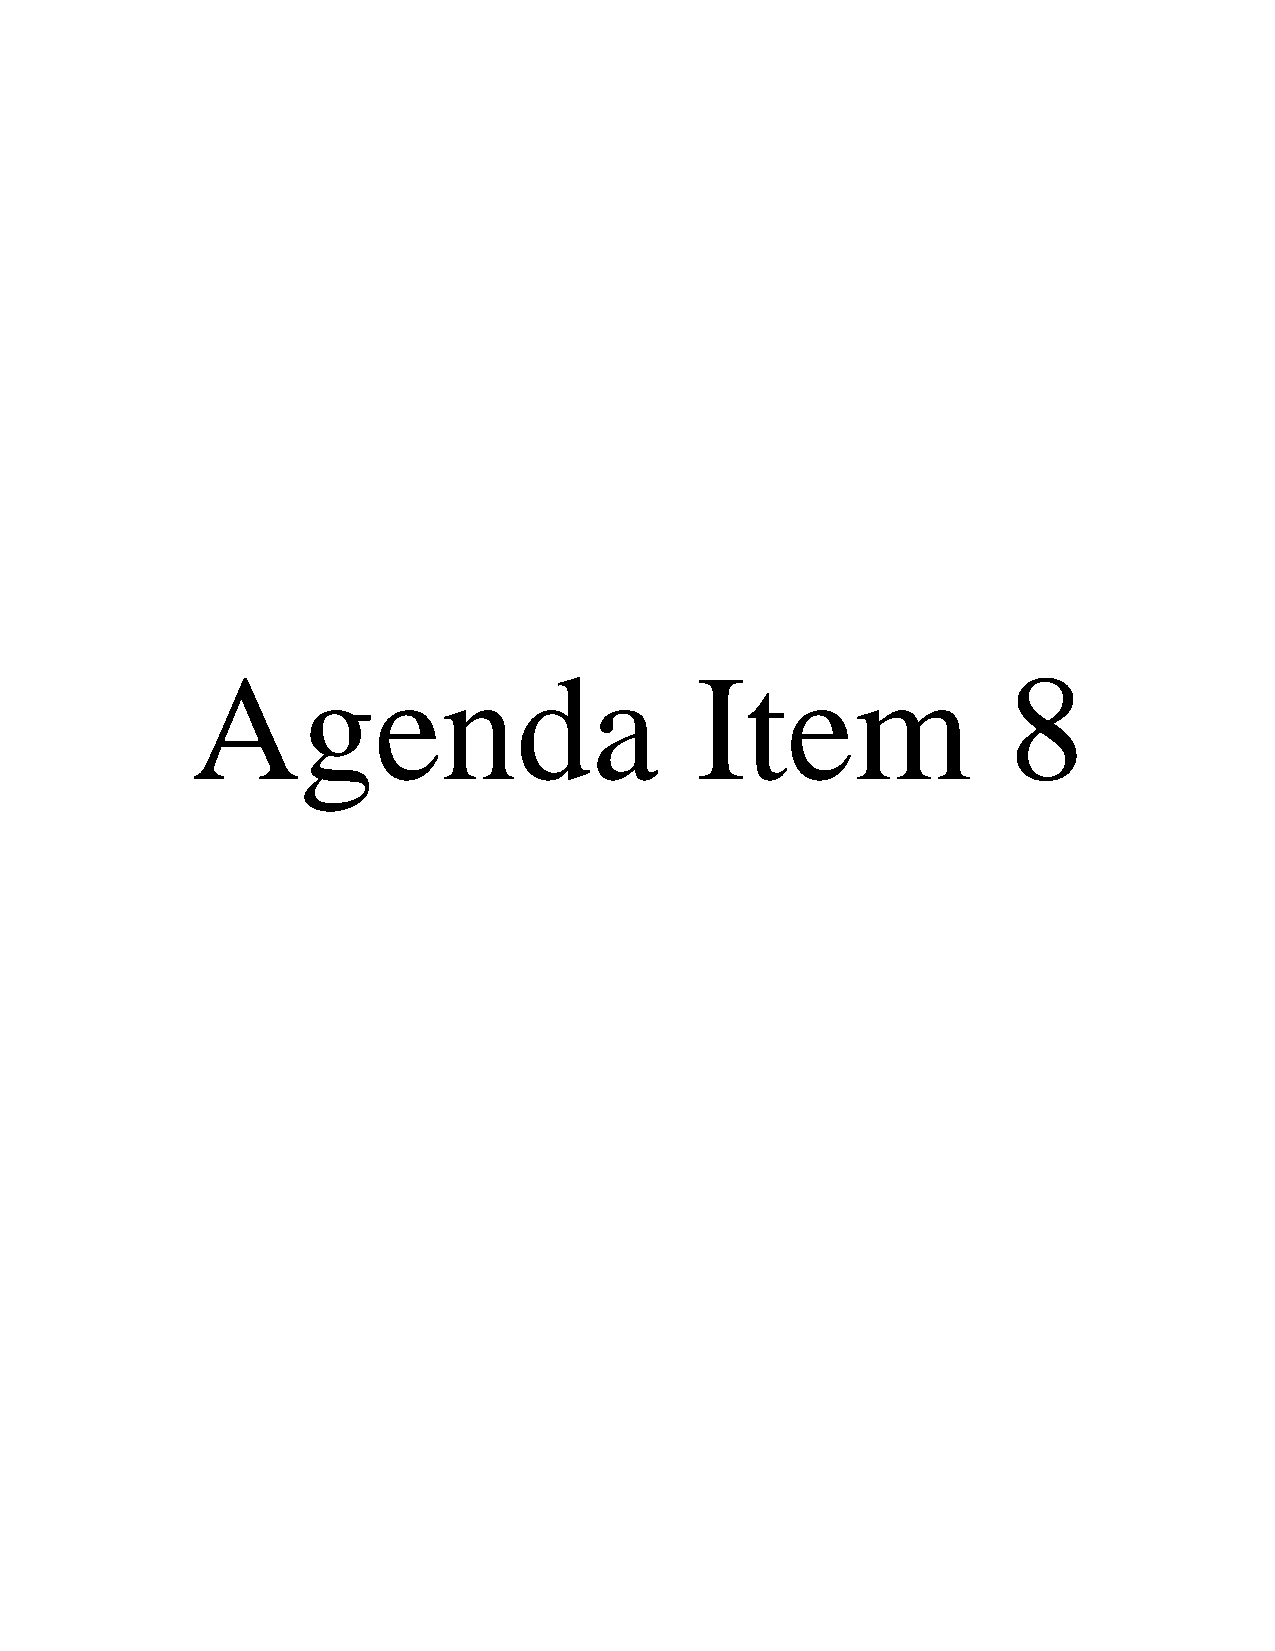
Agenda                           Item                 8